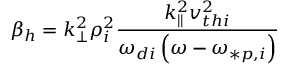
\beta _ { h } = k _ { \perp } ^ { 2 } \rho _ { i } ^ { 2 } \frac { k _ { | | } ^ { 2 } v _ { t h i } ^ { 2 } } { \omega _ { d i } \left( \omega - \omega _ { * p , i } \right) }